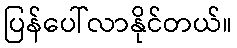
ပြန်ပေါ်လာနိုင်တယ်။